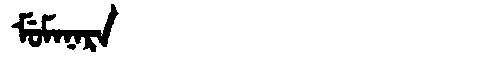
Manchu: ᠮᡠᠮᠠᠨᠠᡵᠠ
Romanization: MUMANARA